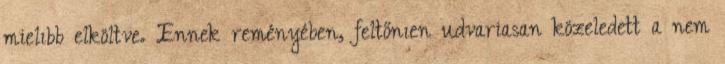
mielıbb elköltve. Ennek reményében, feltőnıen udvariasan közeledett a nem